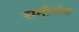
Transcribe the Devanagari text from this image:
समीनोफ़